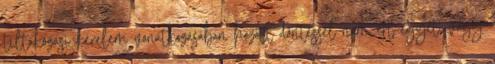
tiltakozási kérelem vonatkozásában hozott döntéssel nem ért egyet, vagy